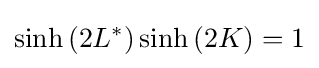
\sinh \left(2L^{*}\right)\sinh \left(2K\right)=1